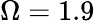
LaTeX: \Omega=1.9